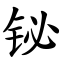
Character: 铋